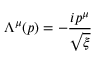
\Lambda ^ { \mu } ( p ) = - { \frac { i p ^ { \mu } } { \sqrt { \xi } } }